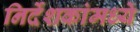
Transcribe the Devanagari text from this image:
निर्देशकांमध्ये